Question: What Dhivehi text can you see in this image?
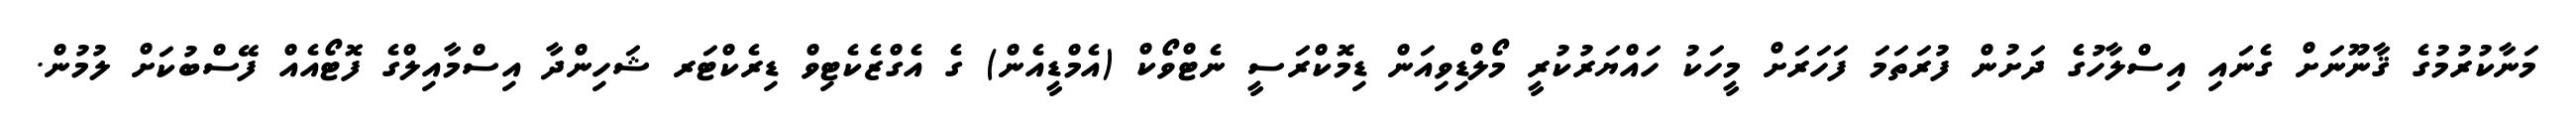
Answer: މަނާކުރުމުގެ ޤާނޫނަށް ގެނައި އިސްލާހުގެ ދަށުން ފުރަތަމަ ފަހަރަށް މީހަކު ހައްޔަރުކުރީ މޯލްޑިވިއަން ޑިމޮކްރަސީ ނެޓްވޯކް (އެމްޑީއެން) ގެ އެގްޒެކެޓިވް ޑިރެކްޓަރ ޝަހިންދާ އިސްމާއިލްގެ ފޮޓޯއެއް ފޭސްބުކަށް ލުމުން.